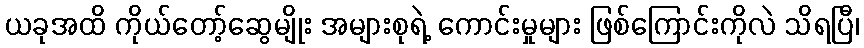
ယခုအထိ ကိုယ်တော့်ဆွေမျိုး အများစုရဲ့ ကောင်းမှုများ ဖြစ်ကြောင်းကိုလဲ သိရပြီ၊